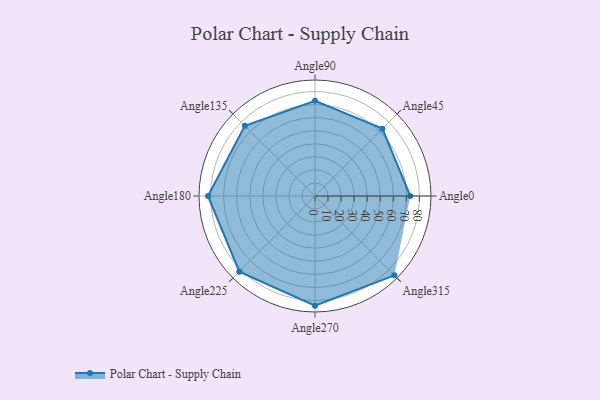
{"axis": {"x": "Angle", "y": "Radius"}, "legend": [""], "data": [{"x": "Angle0", "y": 73.0, "type": ""}, {"x": "Angle45", "y": 73.0, "type": ""}, {"x": "Angle90", "y": 73.0, "type": ""}, {"x": "Angle135", "y": 76.0, "type": ""}, {"x": "Angle180", "y": 82.0, "type": ""}, {"x": "Angle225", "y": 82.0, "type": ""}, {"x": "Angle270", "y": 84.0, "type": ""}, {"x": "Angle315", "y": 86.0, "type": ""}]}